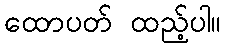
ထောပတ် ထည့်ပါ။